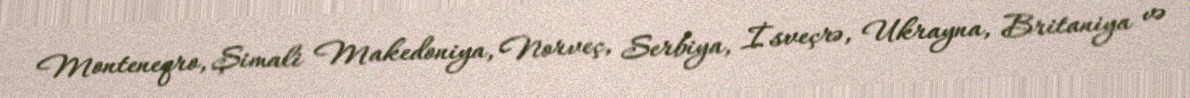
Monteneqro, Şimali Makedoniya, Norveç, Serbiya, İsveçrə, Ukrayna, Britaniya və